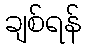
ချစ်ရန်